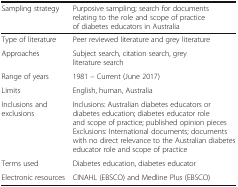
<table><thead><tr><td><b>Sampling strategy</b></td><td><b>Purposive sampling; search for documents relating to the role and scope of practice of diabetes educators in Australia</b></td></tr></thead><tbody><tr><td>Type of literature</td><td>Peer reviewed literature and grey literature</td></tr><tr><td>Approaches</td><td>Subject search, citation search, grey literature search</td></tr><tr><td>Range of years</td><td>1981 – Current (June 2017)</td></tr><tr><td>Limits</td><td>English, human, Australia</td></tr><tr><td>Inclusions and exclusions</td><td>Inclusions: Australian diabetes educators or diabetes education; diabetes educator role and scope of practice; published opinion piecesExclusions: International documents; documents with no direct relevance to the Australian diabetes educator role and scope of practice</td></tr><tr><td>Terms used</td><td>Diabetes education, diabetes educator</td></tr><tr><td>Electronic resources</td><td>CINAHL (EBSCO) and Medline Plus (EBSCO)</td></tr></tbody></table>